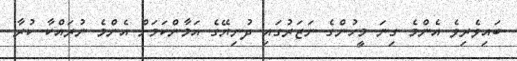
ބައިވެރިވެ އެންމެ ގިނަ މީހުންގެ ނަޒަރުގައި ދުނިޔޭގެ އަމާންކަމަށް އެންމެ ނުރައްކާ ކުރާ